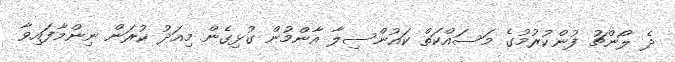
ދެ ލޯންޗު ފުންކުރުމުގެ މަސައްކަތް ކައުންސިލާ އާންމުން ގުޅިގެން މިއަދު ކުރަން ނިންމާފައިވާ